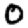
Digit: 0